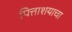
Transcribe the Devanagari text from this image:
पित्ताशयाचा